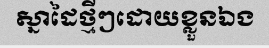
ស្នាដៃថ្មីៗដោយខ្លួនឯង